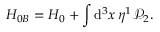
H _ { 0 B } = H _ { 0 } + \int \mathrm { d } ^ { 3 } x \, \eta ^ { 1 } \mathcal { P } _ { 2 } .